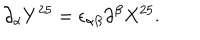
\partial _ { \alpha } Y ^ { 2 5 } = \epsilon _ { \alpha \beta } \partial ^ { \beta } X ^ { 2 5 } .